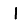
Digit: 1